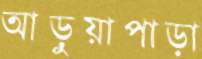
আড়ুয়াপাড়া